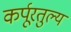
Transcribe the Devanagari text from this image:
कर्पूरतुल्य